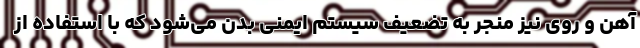
آهن و روی نیز منجر به تضعیف سیستم ایمنی بدن می‌شود که با استفاده از